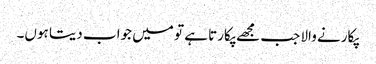
پکارنے والا جب مجھے پکارتا ہے تو میں جواب دیتا ہوں۔